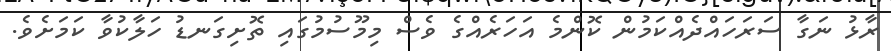
ރާޅު ނަގާ ސަރަހައްދެއްކަމުން ކޮންމެ އަހަރެއްގެ ވެސް މިމޫސުމުގައި ތޮށިގަނޑު ހަލާކުވާ ކަމަށެވެ.